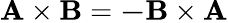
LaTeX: \mathbf{A}\times\mathbf{B}=\mathbf{-B}\times\mathbf{A}